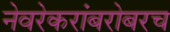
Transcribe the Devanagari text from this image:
नेवरेकरांबरोबरच